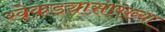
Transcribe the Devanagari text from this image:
खेकड्यासारख्या